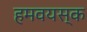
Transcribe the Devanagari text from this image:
हमवयस्क